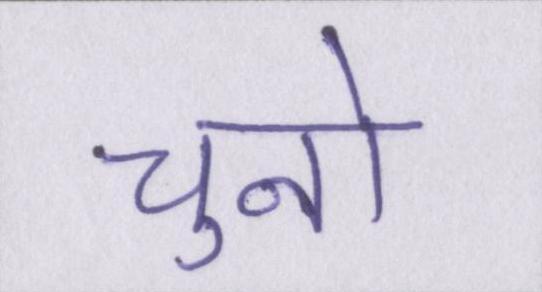
चुनो